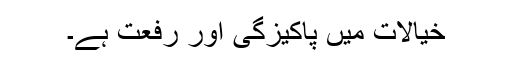
خیالات میں پاکیزگی اور رفعت ہے۔